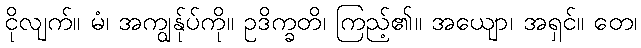
ငိုလျက်။ မံ၊ အကျွန်ုပ်ကို။ ဥဒိက္ခတိ၊ ကြည့်၏။ အယျော၊ အရှင်။ တေ၊